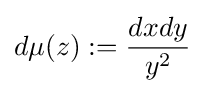
d\mu (z):={\frac {dxdy}{y^{2}}}